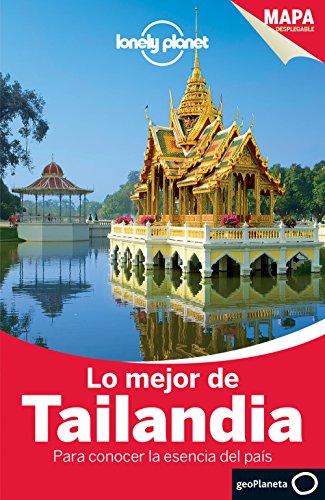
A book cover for Lonely Planet Lo Mejor de Tailandia (Travel Guide) (Spanish Edition); Lonely Planet; Travel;